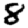
Digit: 8